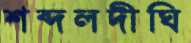
শব্দলদীঘি